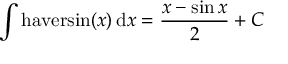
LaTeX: \int \mathrm { h a v e r s i n } ( x ) \, \mathrm { d } x = { \frac { x - \sin { x } } { 2 } } + C